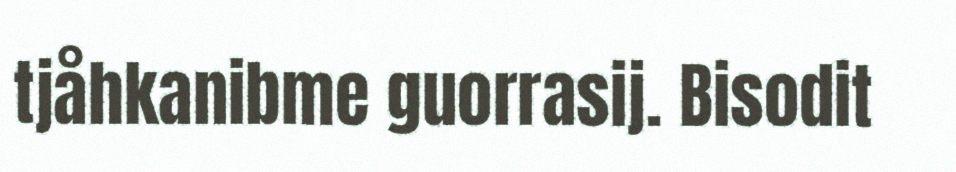
tjåhkanibme guorrasij. Bisodit